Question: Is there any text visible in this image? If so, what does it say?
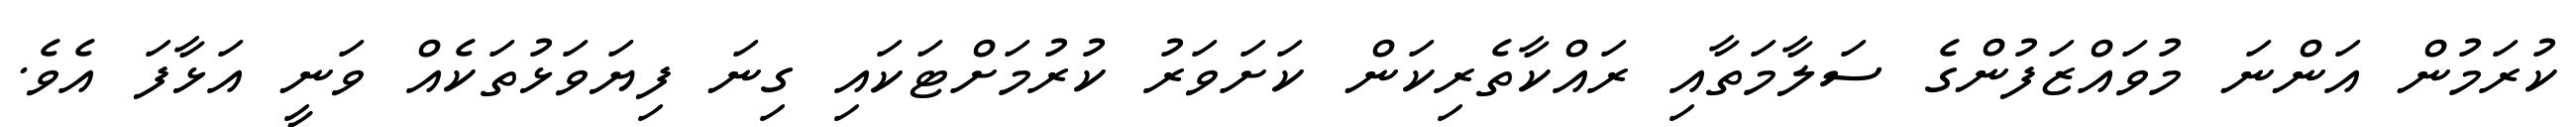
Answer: ކުރަމުން އަންނަ މުވައްޒަފުންގެ ސަލާމަތާއި ރައްކާތެރިކަން ކަށަވަރު ކުރުމަށްޓަކައި ގިނަ ފިޔަވަޅުތަކެއް ވަނީ އަޅާފަ އެވެ.